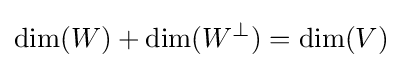
\dim(W)+\dim(W^{\perp })=\dim(V)